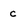
Character: c